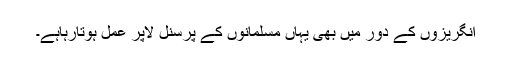
انگریزوں کے دور میں بھی یہاں مسلمانوں کے پرسنل لاپر عمل ہوتارہاہے۔